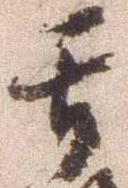
其